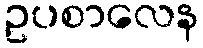
ဥပစာလေန